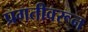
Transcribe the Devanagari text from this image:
प्रगतीवरून